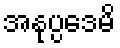
အနုပ္ပဒေမိ